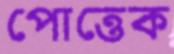
পোত্তেক